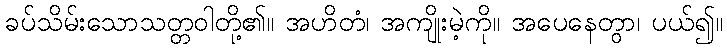
ခပ်သိမ်းသောသတ္တဝါတို့၏။ အဟိတံ၊ အကျိုးမဲ့ကို။ အပေနေတွာ၊ ပယ်၍။